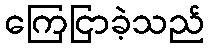
ကြေငြာခဲ့သည်